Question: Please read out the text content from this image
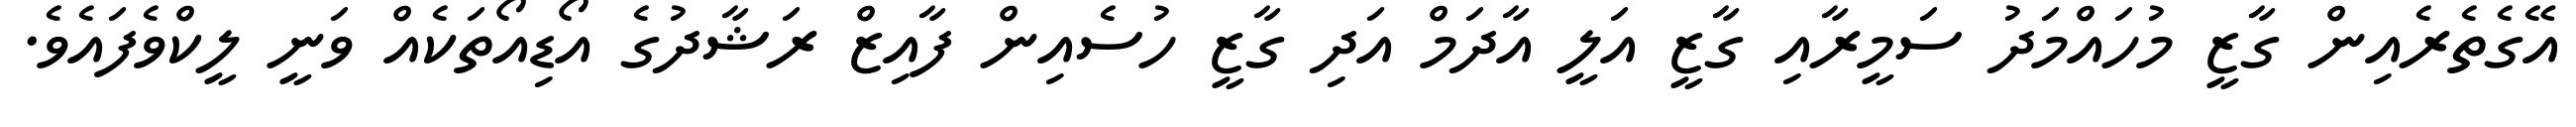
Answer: އޭގެތެރެއިން ގާޒީ މުހައްމަދު ސަމީރާއި ގާޒީ އަލީ އާދަމް އަދި ގާޒީ ހުސެއިން ފާއިޒް ރަޝާދުގެ އޯޑިއޯތަކެއް ވަނީ ލީކްވެފައެވެ.